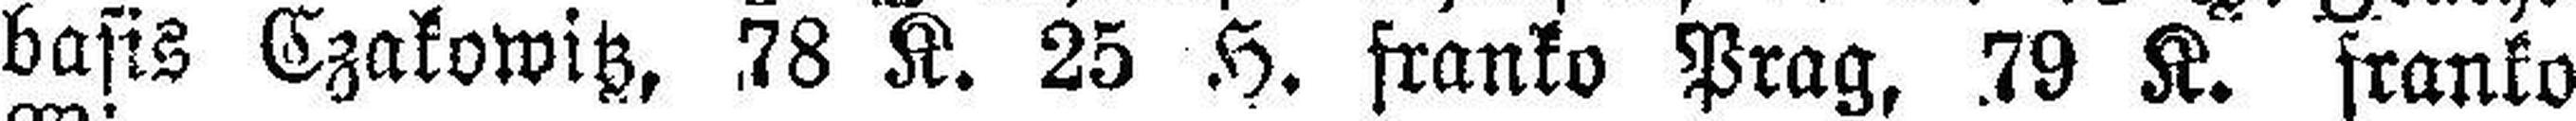
basis Czakowitz, 78 K. 25 H. franko Prag, 79 K. franko